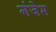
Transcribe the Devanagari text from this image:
गंजेम